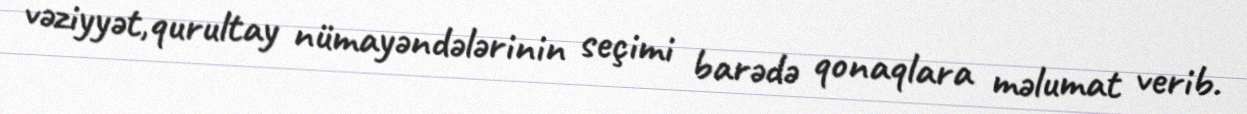
vəziyyət,qurultay nümayəndələrinin seçimi barədə qonaqlara məlumat verib.